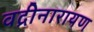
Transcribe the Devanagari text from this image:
वद्रीनारायण